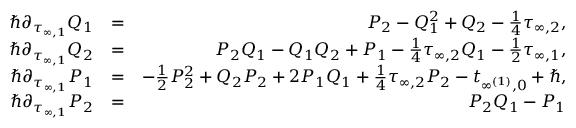
\begin{array} { r l r } { \hbar \partial _ { \tau _ { \infty , 1 } } Q _ { 1 } } & { = } & { P _ { 2 } - Q _ { 1 } ^ { 2 } + Q _ { 2 } - \frac { 1 } { 4 } \tau _ { \infty , 2 } , } \\ { \hbar \partial _ { \tau _ { \infty , 1 } } Q _ { 2 } } & { = } & { P _ { 2 } Q _ { 1 } - Q _ { 1 } Q _ { 2 } + P _ { 1 } - \frac { 1 } { 4 } \tau _ { \infty , 2 } Q _ { 1 } - \frac { 1 } { 2 } \tau _ { \infty , 1 } , } \\ { \hbar \partial _ { \tau _ { \infty , 1 } } P _ { 1 } } & { = } & { - \frac { 1 } { 2 } P _ { 2 } ^ { 2 } + Q _ { 2 } P _ { 2 } + 2 P _ { 1 } Q _ { 1 } + \frac { 1 } { 4 } \tau _ { \infty , 2 } P _ { 2 } - t _ { \infty ^ { ( 1 ) } , 0 } + \hbar , } \\ { \hbar \partial _ { \tau _ { \infty , 1 } } P _ { 2 } } & { = } & { P _ { 2 } Q _ { 1 } - P _ { 1 } } \end{array}